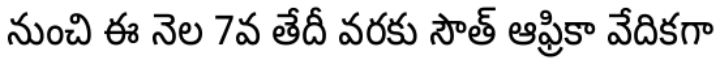
నుంచి ఈ నెల 7వ తేదీ వరకు సౌత్ ఆఫ్రికా వేదికగా